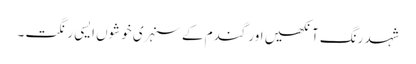
شہد رنگ آنکھیں اور گندم کے سنہری خوشوں ایسی رنگت ۔